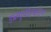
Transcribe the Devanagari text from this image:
डब्ल्यूपीएक्सएम